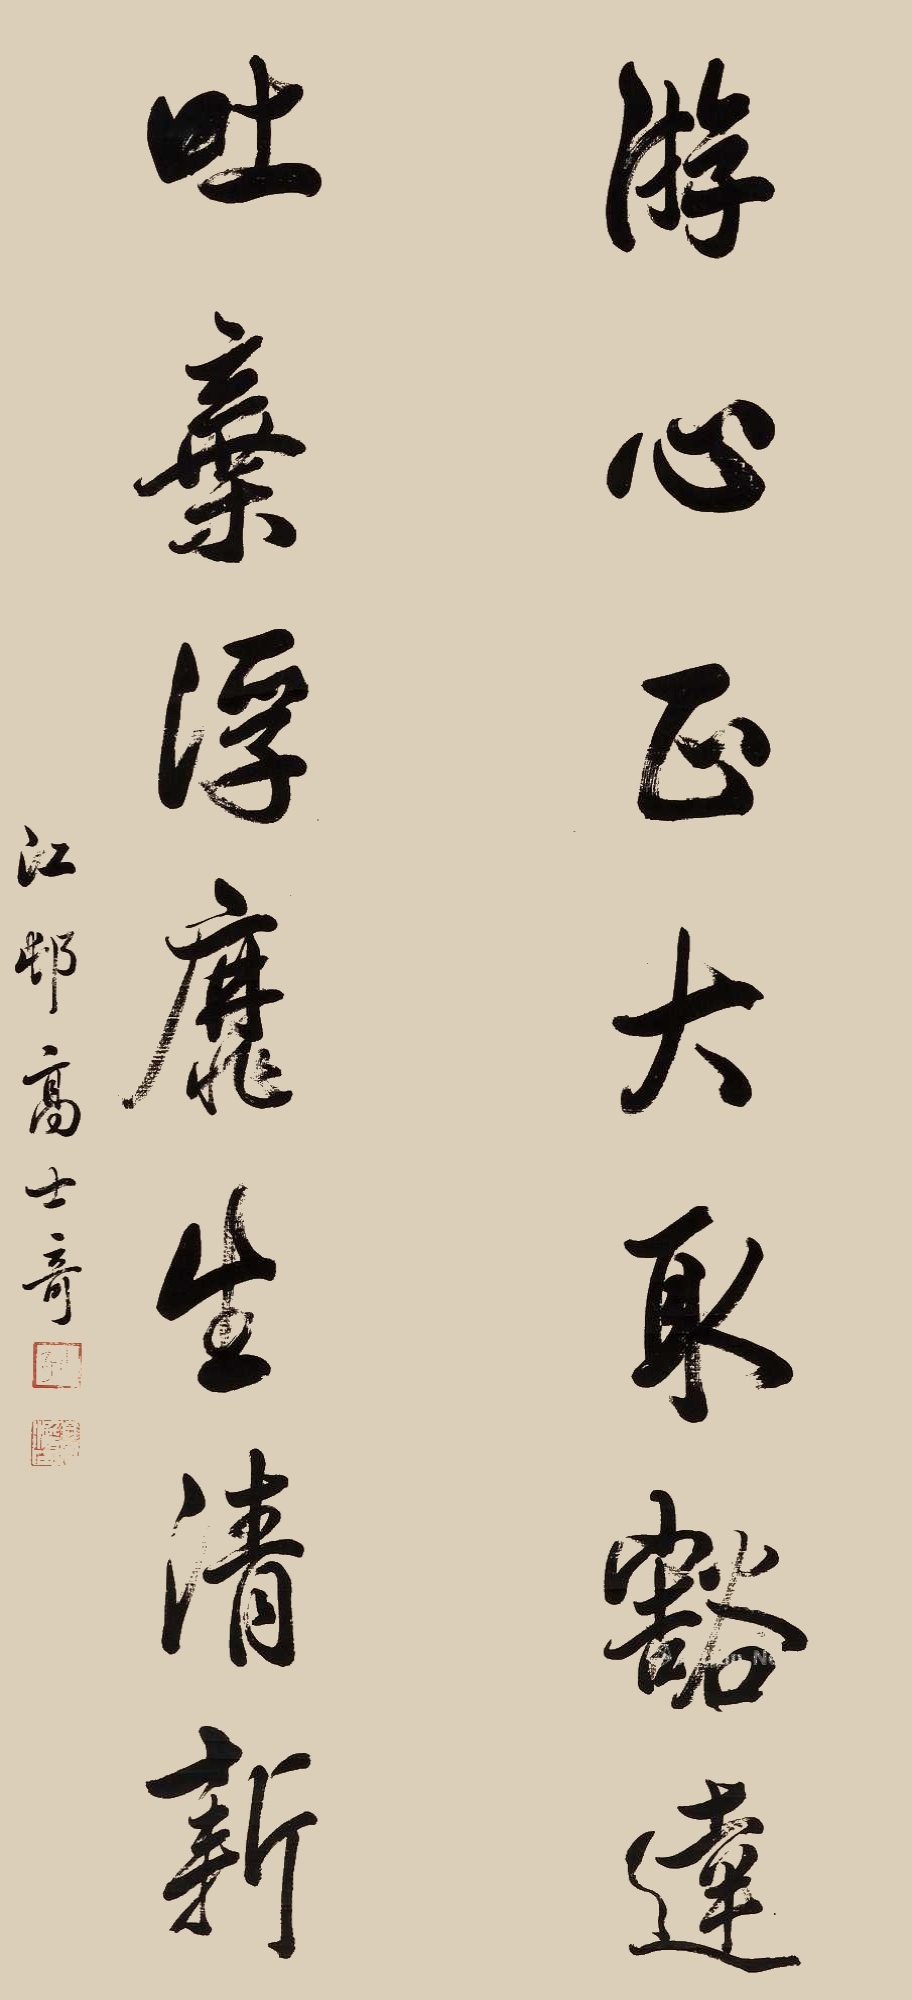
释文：游心正大取豁达，吐弃浮靡生清新。江邨高士奇。